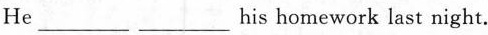
He \underline his homework last night.